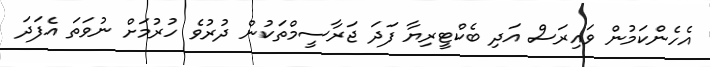
އެހެންކަމުން ވައިރަސް އަދި ބެކްޓީރިޔާ ފަދަ ޖަރާސީމްތަކުން ދުރުވެ ހުރުމަށް ނުވަތަ އެފަދަ